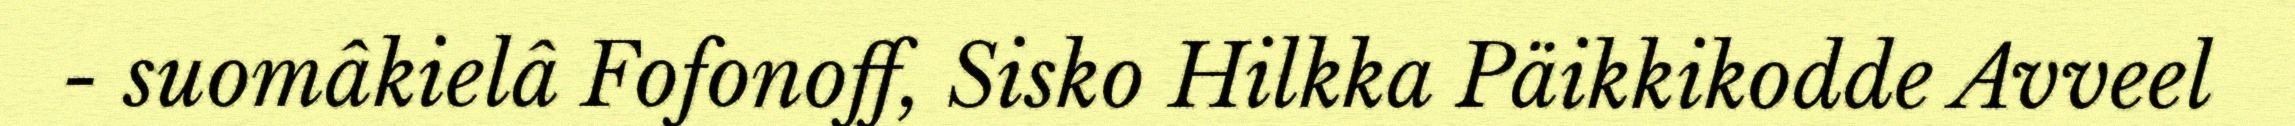
- suomâkielâ Fofonoff, Sisko Hilkka Päikkikodde Avveel